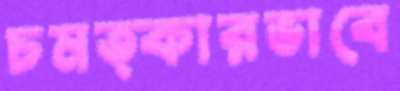
চমত্কারভাবে